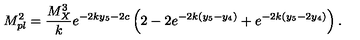
M _ { p l } ^ { 2 } = { \frac { M _ { X } ^ { 3 } } { k } } e ^ { - 2 k y _ { 5 } - 2 c } \left( 2 - 2 e ^ { - 2 k ( y _ { 5 } - y _ { 4 } ) } + e ^ { - 2 k ( y _ { 5 } - 2 y _ { 4 } ) } \right) . \,